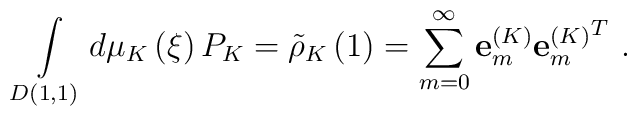
\int\limits_{D(1,1)} {d\mu _K\left( \xi \right)P_K={\tilde {\rho}} _K\left( 1 \right)=\sum\limits_{m=0}^\infty{{\bf e}_m^{\left( K \right)}{{\bf e}_m^{\left( K \right)}}^T}}\ .